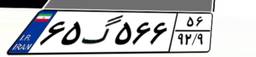
۶۵گ۵۶۶۵۶